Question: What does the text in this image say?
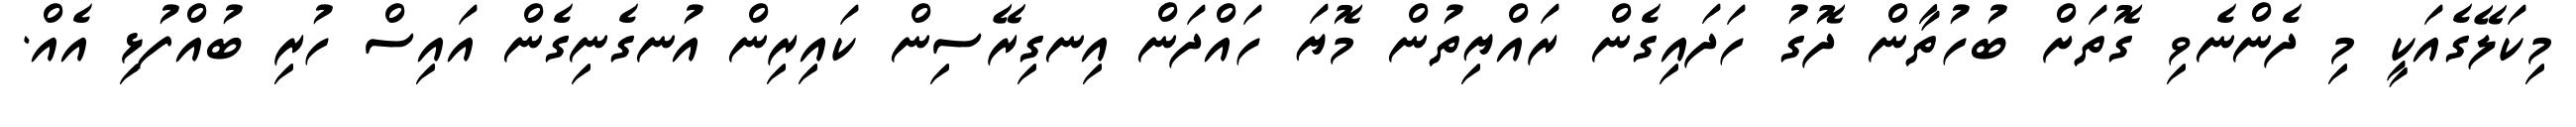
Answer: މިކަލޭގެއަކީ މި ދެންނެވި ގޮތަށް ބުހުތާން ދޮގު ހަދައިގެން ރައްޔިތުން މޮޔަ ހައްދަން އިނގިރޭސިން ކައިރިން އުނގެނިގެން އައިސް ހުރި ބުއްފުޅި އެއް.